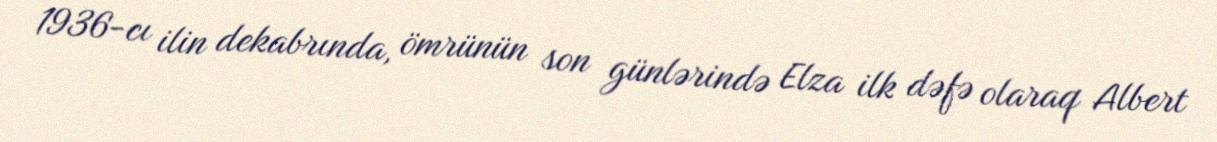
1936-cı ilin dekabrında, ömrünün son günlərində Elza ilk dəfə olaraq Albert